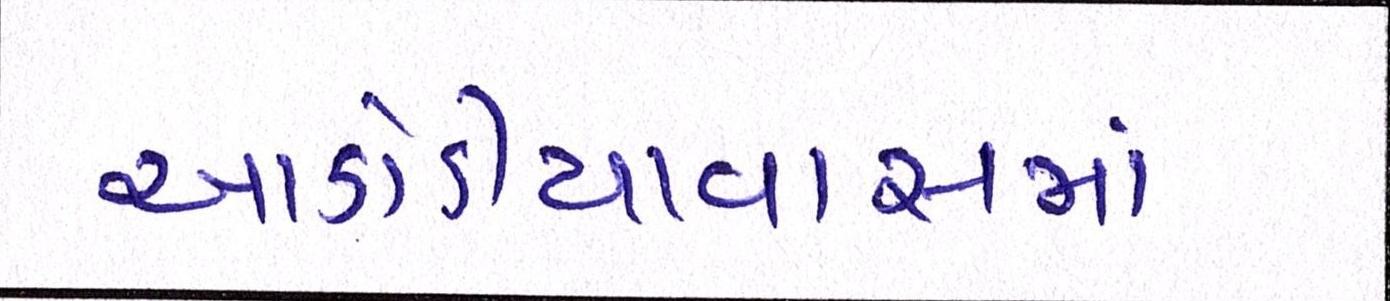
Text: આડોડીયાવાસમાં